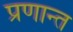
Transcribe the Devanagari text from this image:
प्रणान्त